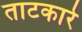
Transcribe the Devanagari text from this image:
ताटकारे